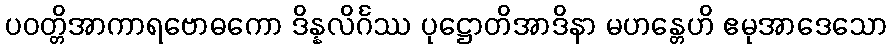
ပဝတ္တိအာကာရဗောဓကော ဒိန္နလိင်္ဂဿ ပုဋ္ဌောတိအာဒိနာ မဟန္တေဟိ ဧမုအာဒေသော